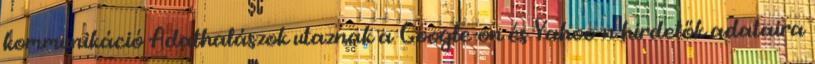
kommunikáció Adathalászok utaznak a Google-on és Yahoo-n hirdetők adataira